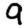
Digit: 9